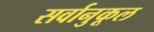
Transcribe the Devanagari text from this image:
सर्वानुकूल